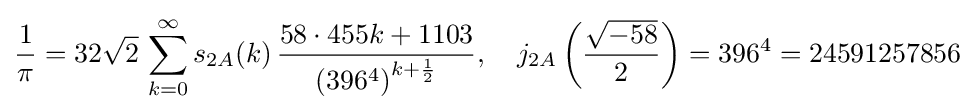
{\frac {1}{\pi }}=32{\sqrt {2}}\,\sum _{k=0}^{\infty }s_{2A}(k)\,{\frac {58\cdot 455k+1103}{\left(396^{4}\right)^{k+{\frac {1}{2}}}}},\quad j_{2A}\left({\frac {\sqrt {-58}}{2}}\right)=396^{4}=24591257856